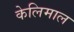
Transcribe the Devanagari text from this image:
केलिमाल